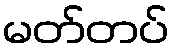
မတ်တပ်